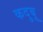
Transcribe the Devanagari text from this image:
कदुबू